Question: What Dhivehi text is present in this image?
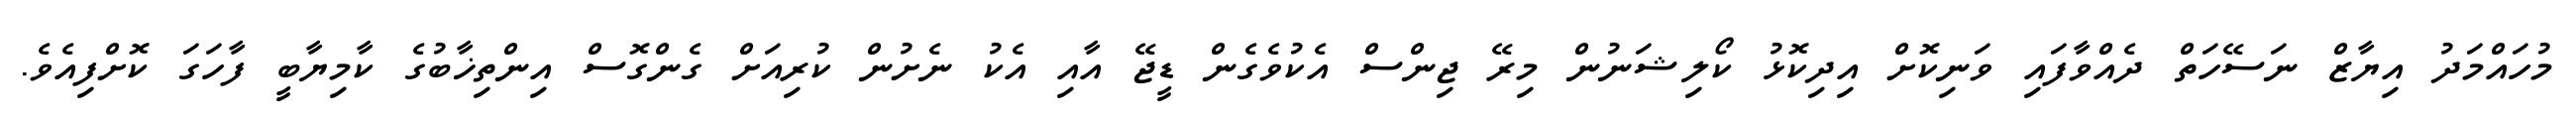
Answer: މުހައްމަދު އިޔާޒް ނަސޭހަތް ދެއްވާފައި ވަނިކޮށް އިދިކޮޅު ކޯލިޝަނުން މިރޭ ޖިންސް އެކުވެގެން ޑީޖޭ އާއި އެކު ނެށުން ކުރިއަށް ގެންގޮސް އިންތިޚާބުގެ ކާމިޔާބީ ފާހަގަ ކޮށްފިއެވެ.